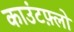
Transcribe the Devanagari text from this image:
काउंटफ़्लो